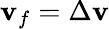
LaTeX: \mathbf{v}_{f}=\Delta\mathbf{v}